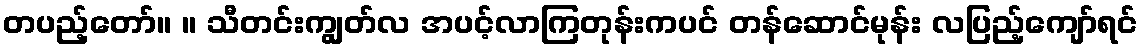
တပည့်တော်။ ။ သီတင်းကျွတ်လ အပင့်လာကြတုန်းကပင် တန်ဆောင်မုန်း လပြည့်ကျော်ရင်